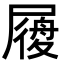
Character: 𡳐